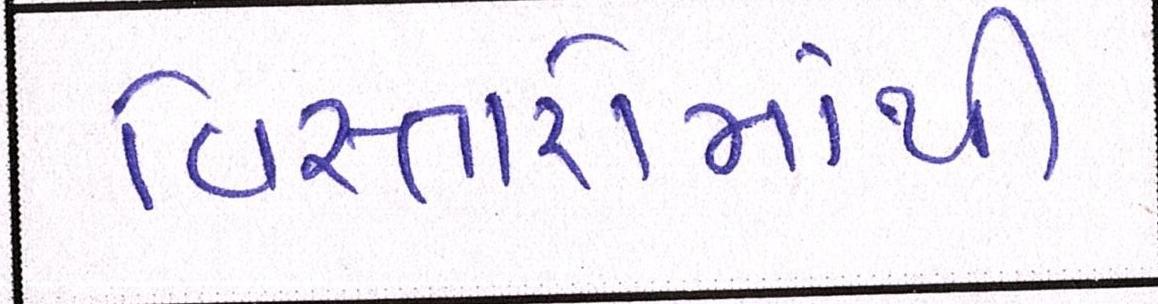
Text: વિસ્તારોમાંથી